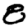
Digit: 8